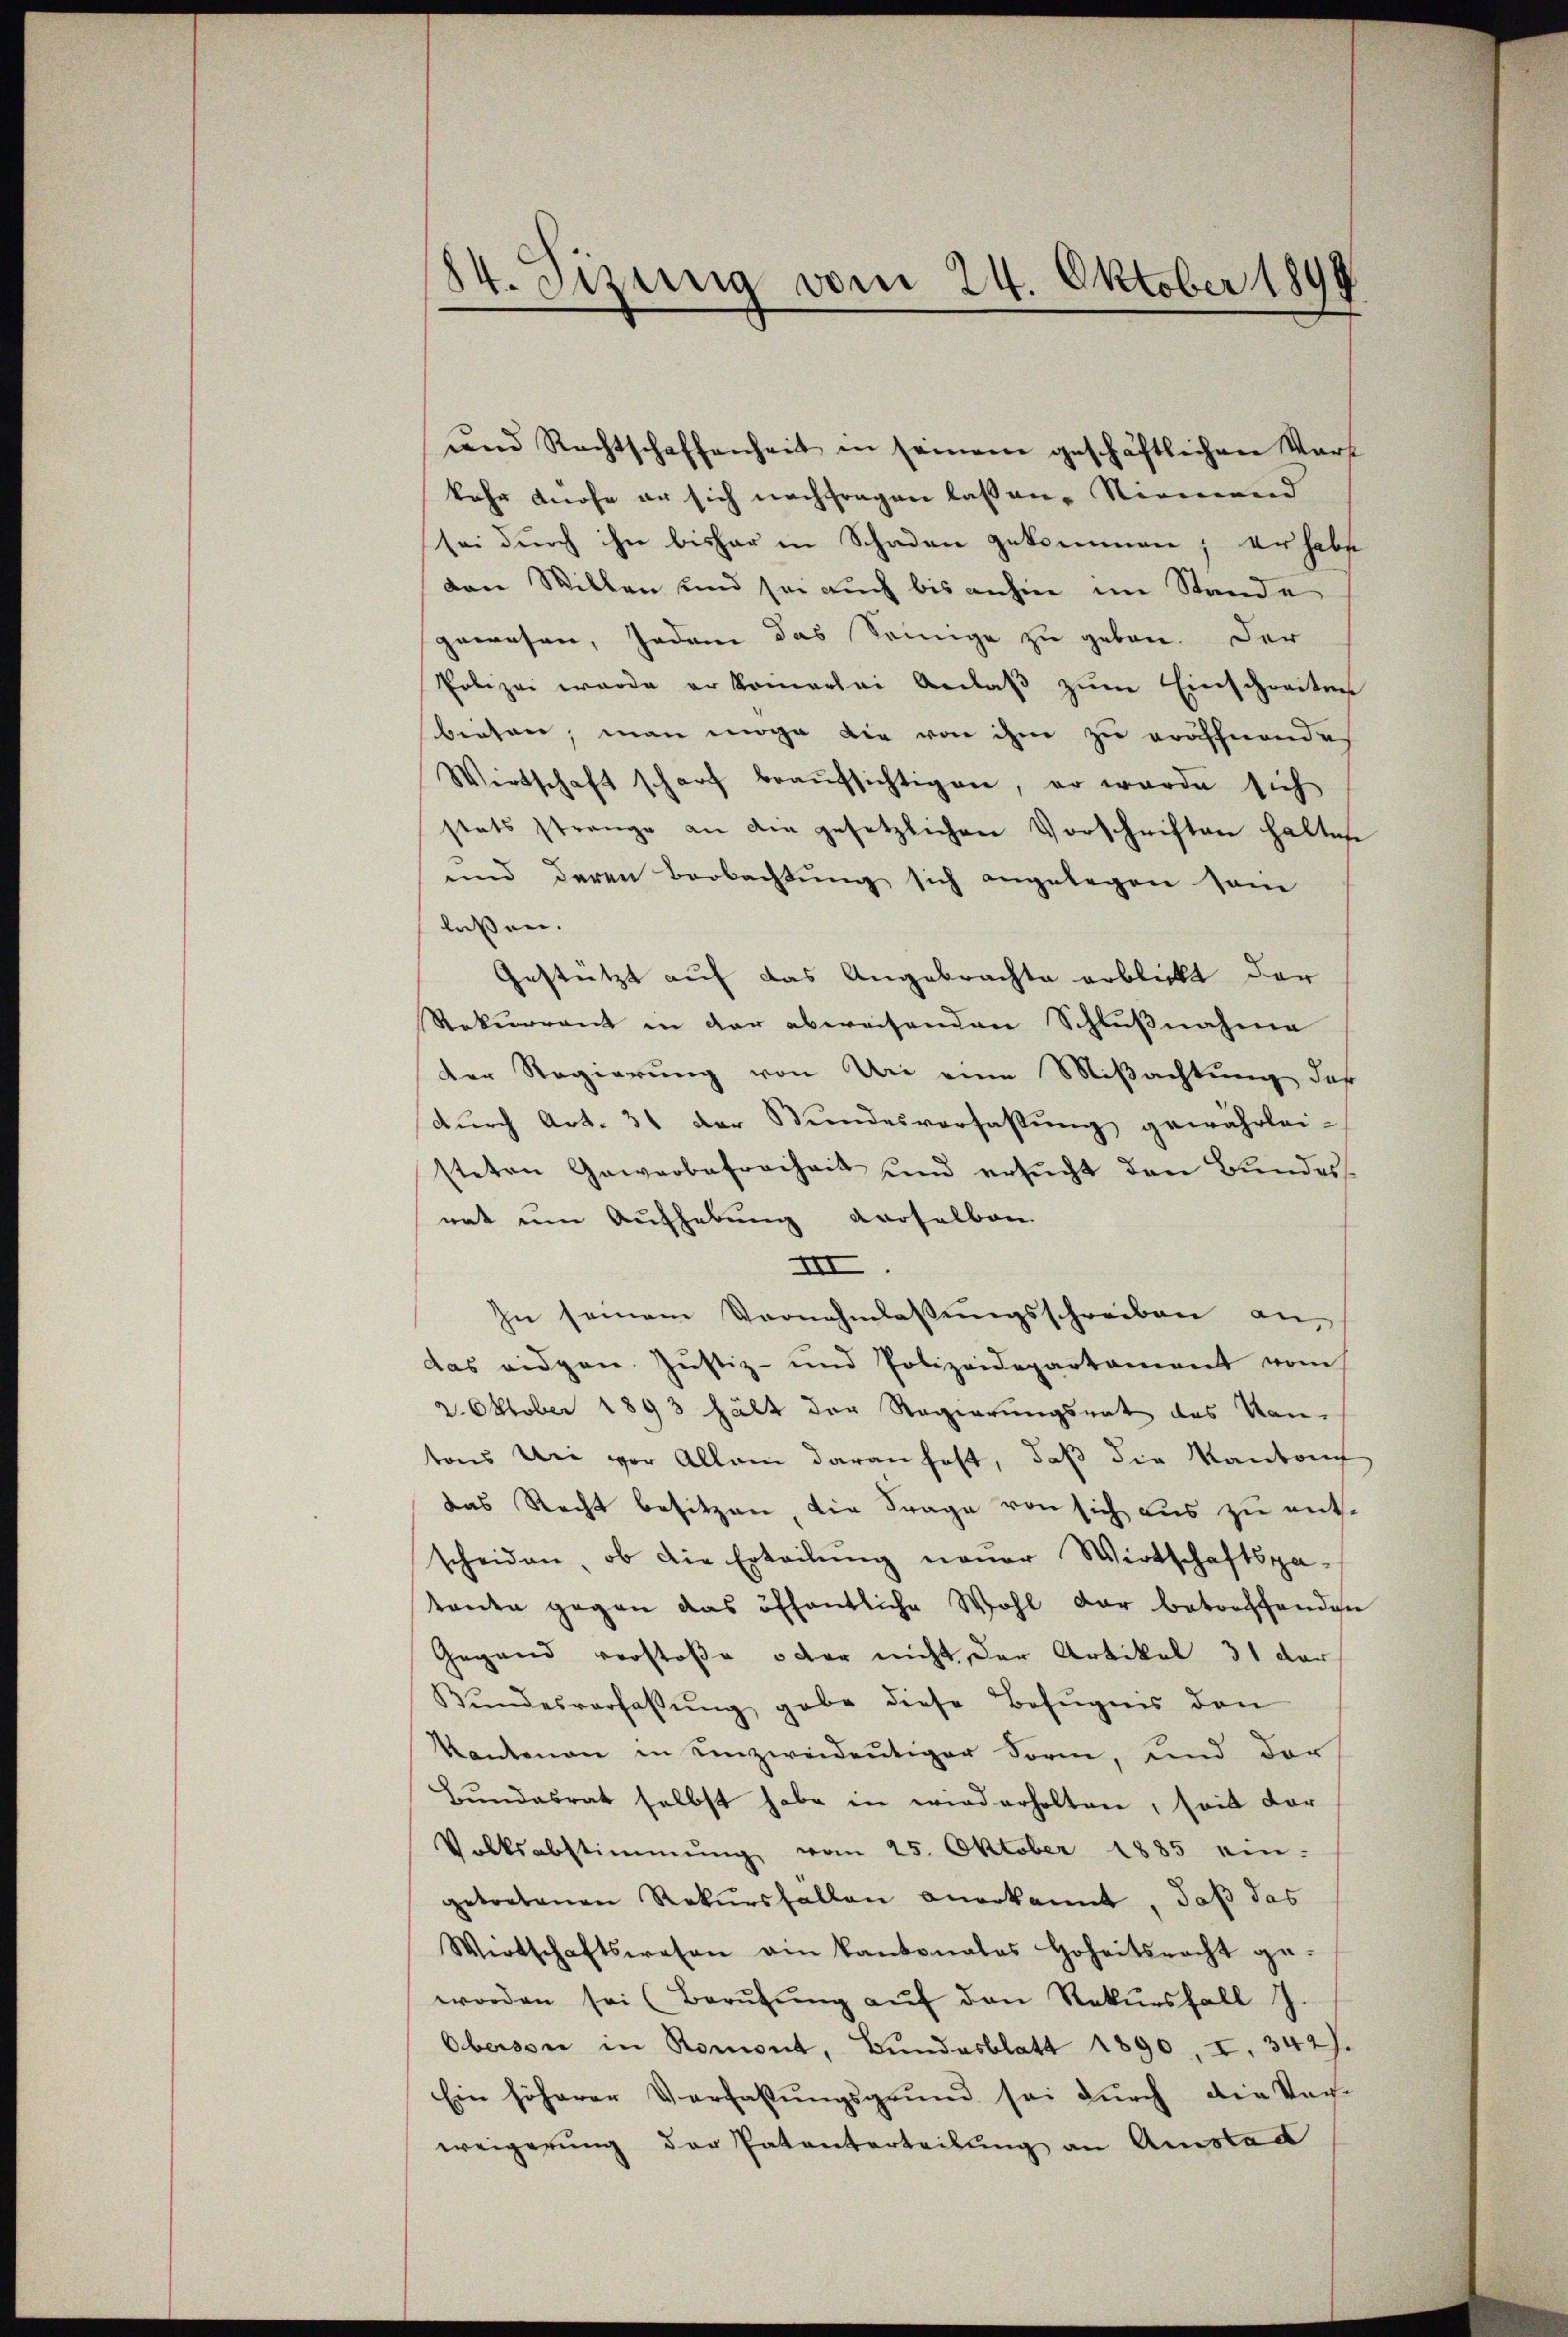
84. Szung vom 24. Oktober 1899
x

und Rechtschaffenheit in seinem geschäftlichen Vort
kehr Knose er sich nachfragen laßene Niemend
sei durch ihn bisher in Schaden gekommen; er habe
von Willen und sei auch bis anhin im Stande
gewesen, jedem das Seinige zu geben. Der
Polizei wurde er komerlei Anlaβ zŭm Einschreiten
biesen, man möge die von ihm zu eröffnende
Wirtschaft scharf beaŭfsichtigen, er wurde sich
stets strenge an die gesetzlichen Vorschriften haltest
und deren Beobachtŭng sich angelegen sei
laßen.
Gestützt auf das Angebrachte erblickt der
Rekurrent in der abweisenden Schlußnahme
der Regierung von Uri eine Mißachtung, daß
durch Art. 31 der Bundesverfassung gewährlei-
steten Gewerbefreiheit und ersŭcht den Bundesnat um Aufhebung verselben
III.
In seinem Vernehmlassungsschreiben an,
das eidgen. Justiz- und Polizeidepartament vom
2. Oktober 1893 hält der Regierungsrat des Kan-
tons Uri vor Allem daran fest, daß die Kanton
das Recht besitzen, die Frage von sich aus zu entscheiden, ob die Erteilŭng neuer Wirtschaftspatante gegen das öffentliche Wohl dar betreffenden
Gegend verstosse oder nicht der Artikel 31 der
Bŭndesverfassŭng gabe diese Befugnis den
Kantonen in unzweideutiger Sorm, und der
Bundesrat selbst habe in wiederholten, soit dar
Volksabstimmung vom 25. Oktober 1885 ein-
getretenen Rekŭrsfallen anerkannt, daß das
Wirtschaftswesen ain Kantonales Hoheitsrecht ge-
worden sei (Berŭfŭng aŭf den Rekŭrsfall J.
Oberson in Romont, Bundesblatt 1890, I. 342).
Ein höherer Verfassŭngsgrund sei dŭrch die Sach-
weigerung der Patenterteilung an Anstad